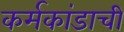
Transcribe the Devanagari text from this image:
कर्मकांडाची